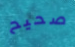
صحيح